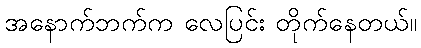
အနောက်ဘက်က လေပြင်း တိုက်နေတယ်။